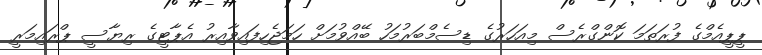
ޕީޕީއެމްގެ ފުރަތަމަ ކޮންގްރެސް މިއަހަރުގެ ޑިސެމްބަރުމަހު ބޭއްވުމަށް ހަމަޖެހިފައިވާއިރު އެޕާޓީގެ ރިޔާސީ ޕްރައިމަރީ